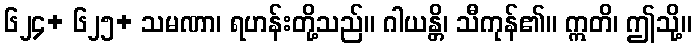
၆၂၄+ ၆၂၅+ သမဏာ၊ ရဟန်းတို့သည်။ ဂါယန္တိ၊ သီကုန်၏။ ဣတိ၊ ဤသို့။